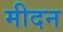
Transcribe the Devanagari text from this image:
मीदन